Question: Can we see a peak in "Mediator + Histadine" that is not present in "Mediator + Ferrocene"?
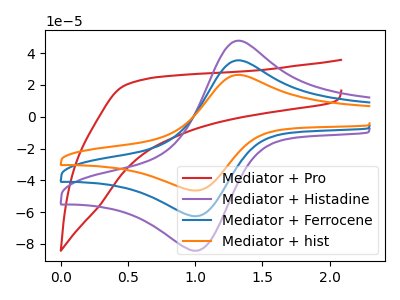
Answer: <think>The red curve "Mediator + Pro" has no peaks. The purple curve "Mediator + Histadine" has an anodic peak at (1.30V, 47.25uA) and a cathodic peak at (1.00V, -84.15uA). The blue curve "Mediator + Ferrocene" has an anodic peak at (1.30V, 35.10uA) and a cathodic peak at (1.00V, -62.45uA). The orange curve "Mediator + hist" has an anodic peak at (1.30V, 70.15uA) and a cathodic peak at (1.00V, -124.90uA).
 All the peaks in "Mediator + Histadine" have a peak in "Mediator + Ferrocene" at the same potential. Every peak in "Mediator + Histadine" is higher than every peak in "Mediator + Ferrocene".</think>
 <answer>No, "Mediator + Histadine" and "Mediator + Ferrocene" don't appear to be significantly different in shape</answer>
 <eval>no_change</eval>